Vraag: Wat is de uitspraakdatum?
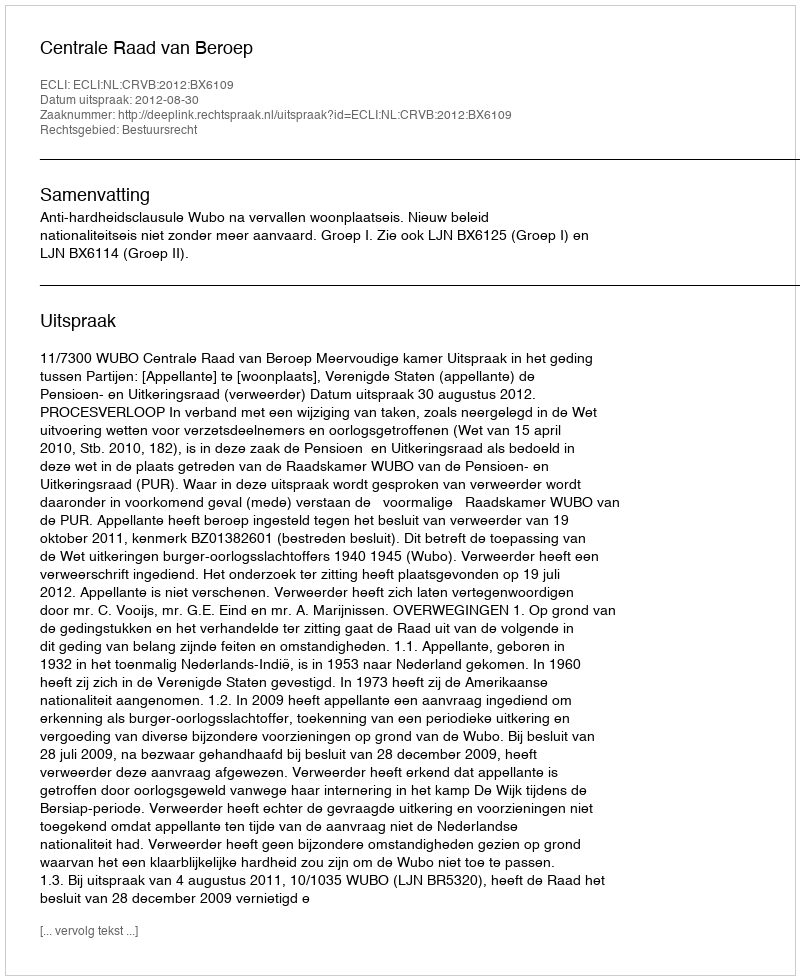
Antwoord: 2012-08-30